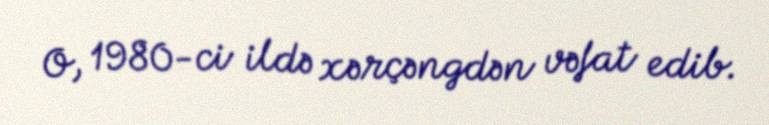
O, 1980-ci ildə xərçəngdən vəfat edib.